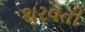
શરવતી